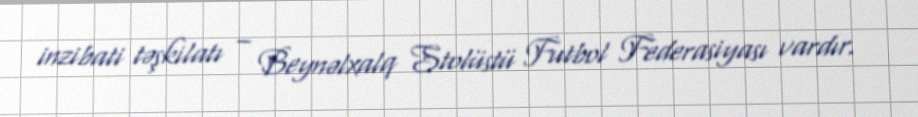
inzibati təşkilatı – Beynəlxalq Stolüstü Futbol Federasiyası vardır.